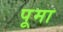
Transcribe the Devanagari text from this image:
पूमा